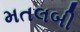
મતલબી